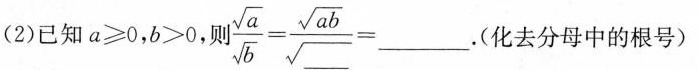
2)已知$$a ≥ 0$$，$$a > 0$$.则$$\frac { \sqrt { a } } { \sqrt { b } } = \frac { \sqrt { a b } } { \sqrt { } } = ___ $$。(化去分母中的根号)